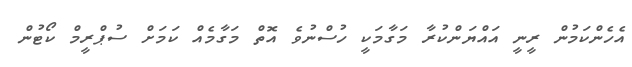
އެހެންކަމުން ރީނީ އައްޔަންކުރާ މަގާމަކީ ހުސްނުވެ އޮތް މަގާމެއް ކަމަށް ސުޕްރީމް ކޯޓުން